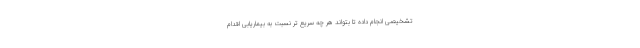
تشخیصی انجام داده تا بتواند هر چه سریع تر نسبت به بیماریابی اقدام